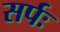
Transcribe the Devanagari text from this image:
सर्पः